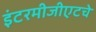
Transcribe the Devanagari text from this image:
इंटरमीजीएटचे